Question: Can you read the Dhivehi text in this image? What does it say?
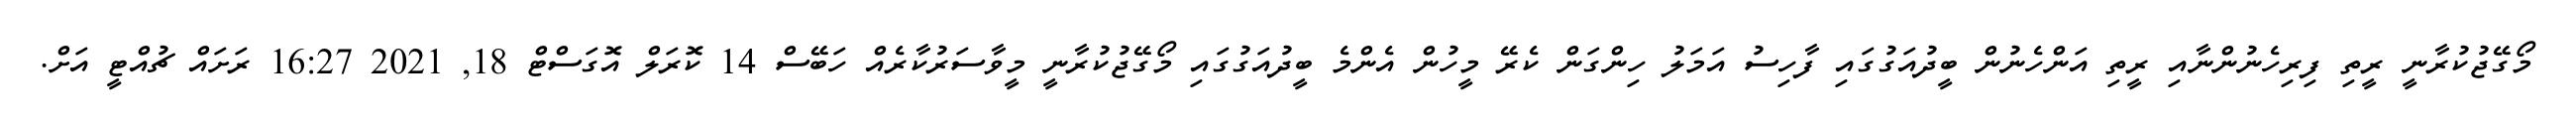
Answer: މޯގޭޖުކުރާނީ ރީތި ފިރިހެނުންނާއި ރީތި އަންހެނުން ބީދުއަގުގައި ފާހިސު އަމަލު ހިންގަން ކެރޭ މީހުން އެންމެ ބީދުއަގުގައި މޯގޭޖުކުރާނީ މީވާސަރުކާރެއް ހަބޭސް 14 ކޮރަލް އޮގަސްޓް 18, 2021 16:27 ރަށައް ޗުއްޓީ އަށް.